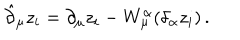
LaTeX: \hat { \partial } _ { \mu } z _ { i } = \partial _ { \mu } z _ { i } - W _ { \mu } ^ { \alpha } ( \delta _ { \alpha } z _ { i } ) \, .